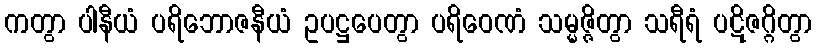
ကတွာ ပါနီယံ ပရိဘောဇနီယံ ဥပဋ္ဌပေတွာ ပရိဝေဏံ သမ္မဇ္ဇိတွာ သရီရံ ပဋိဇဂ္ဂိတွာ